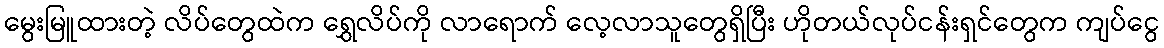
မွေးမြူထားတဲ့ လိပ်တွေထဲက ရွှေလိပ်ကို လာရောက် လေ့လာသူတွေရှိပြီး ဟိုတယ်လုပ်ငန်းရှင်တွေက ကျပ်ငွေ